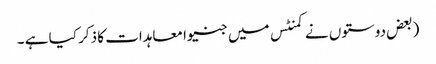
(بعض دوستوں نے کمنٹس میں جنیوا معاہدات کا ذکر کیا ہے ۔